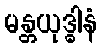
မန္တယုဒ္ဓါနံ